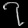
Digit: ၇